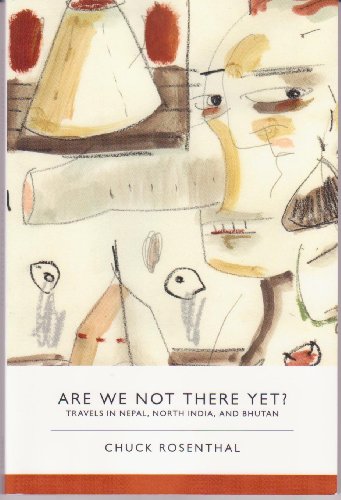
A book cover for Are We Not There Yet?: Travels in Nepal, North India, and Bhutan; Chuck Rosenthal; Travel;